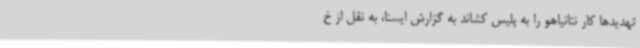
تهدیدها کار نتانیاهو را به پلیس کشاند به گزارش ایسنا، به نقل از خ